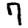
Digit: 7